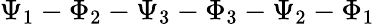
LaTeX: \Psi_{1}-\Phi_{2}-\Psi_{3}-\Phi_{3}-\Psi_{2}-\Phi_{1}